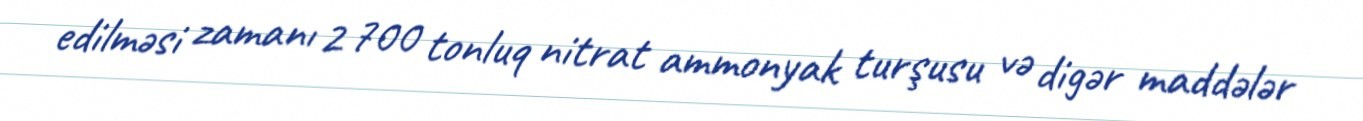
edilməsi zamanı 2 700 tonluq nitrat ammonyak turşusu və digər maddələr